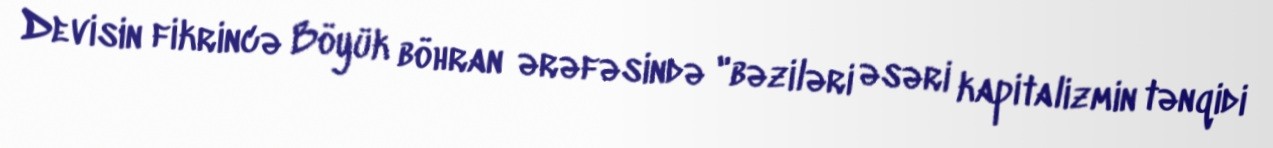
Devisin fikrincə Böyük böhran ərəfəsində "bəziləri əsəri kapitalizmin tənqidi